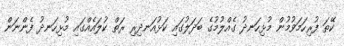
ކޭތަ ފުރިހަމަވުމުން މުޅިހަނދު ގެއްލުމުގެ ބަދަލުގައި ކަޅުއަނދިރި ރަތް ކުލައެއްގައި މުޅިހަނދު ފެންނަން